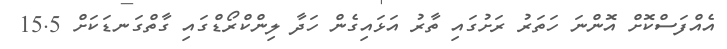
އެއްފަސްކޮށް އޮންނަ ހަތަރު ރަށުގައި ތާރު އަޅައިގެން ހަދާ ލިންކްރޯޑްގައި ގާތްގަނޑަކަށް 15.5